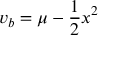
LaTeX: v _ { b } = \mu - { \frac { 1 } { 2 } } x ^ { 2 }